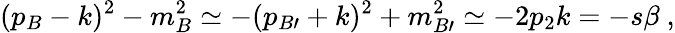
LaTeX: (p_{B}-k)^{2}-m_{B}^{2}\simeq-(p_{B\prime}+k)^{2}+m_{B\prime}^{2}\simeq-2p_{2}k=-s\beta~,